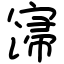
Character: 𡩻